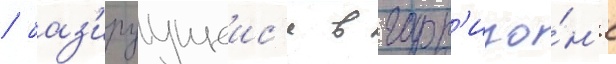
/ баз'ируущеис'я в гарн'изо́н'е